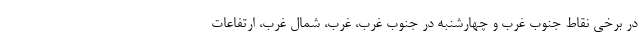
در برخی نقاط جنوب غرب و چهارشنبه در جنوب غرب، غرب، شمال غرب، ارتفاعات